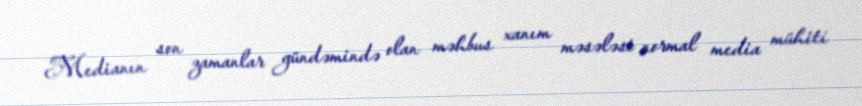
Medianın son zamanlar gündəmində olan məhbus xanım məsələsi normal media mühiti